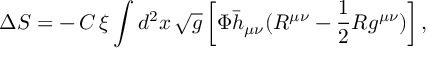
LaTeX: \Delta S = - \, C \, \xi \int d ^ { 2 } x \, \sqrt { g } \left[ \Phi \bar { h } _ { \mu \nu } ( R ^ { \mu \nu } - \frac { 1 } { 2 } R g ^ { \mu \nu } ) \right] ,